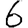
Digit: 6